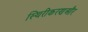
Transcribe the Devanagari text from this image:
स्थिरीकरणऔर